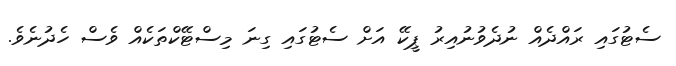
ސެޓުގައި ރައްދެއް ނުދެވުނުއިރު ޕީކޭ އަށް ސެޓުގައި ގިނަ މިސްޓޭކްތަކެއް ވެސް ހެދުނެވެ.